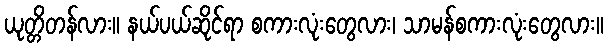
ယုတ္တိတန်လား။ နယ်ပယ်ဆိုင်ရာ စကားလုံးတွေလား၊ သာမန်စကားလုံးတွေလား။